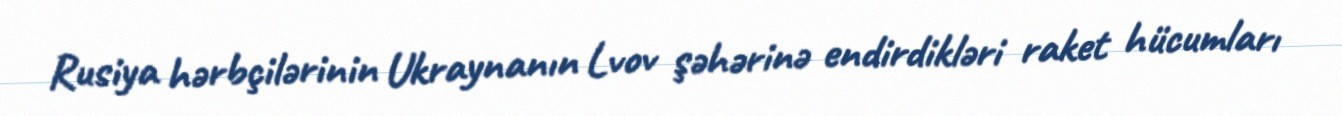
Rusiya hərbçilərinin Ukraynanın Lvov şəhərinə endirdikləri raket hücumları